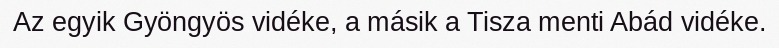
Az egyik Gyöngyös vidéke, a másik a Tisza menti Abád vidéke.